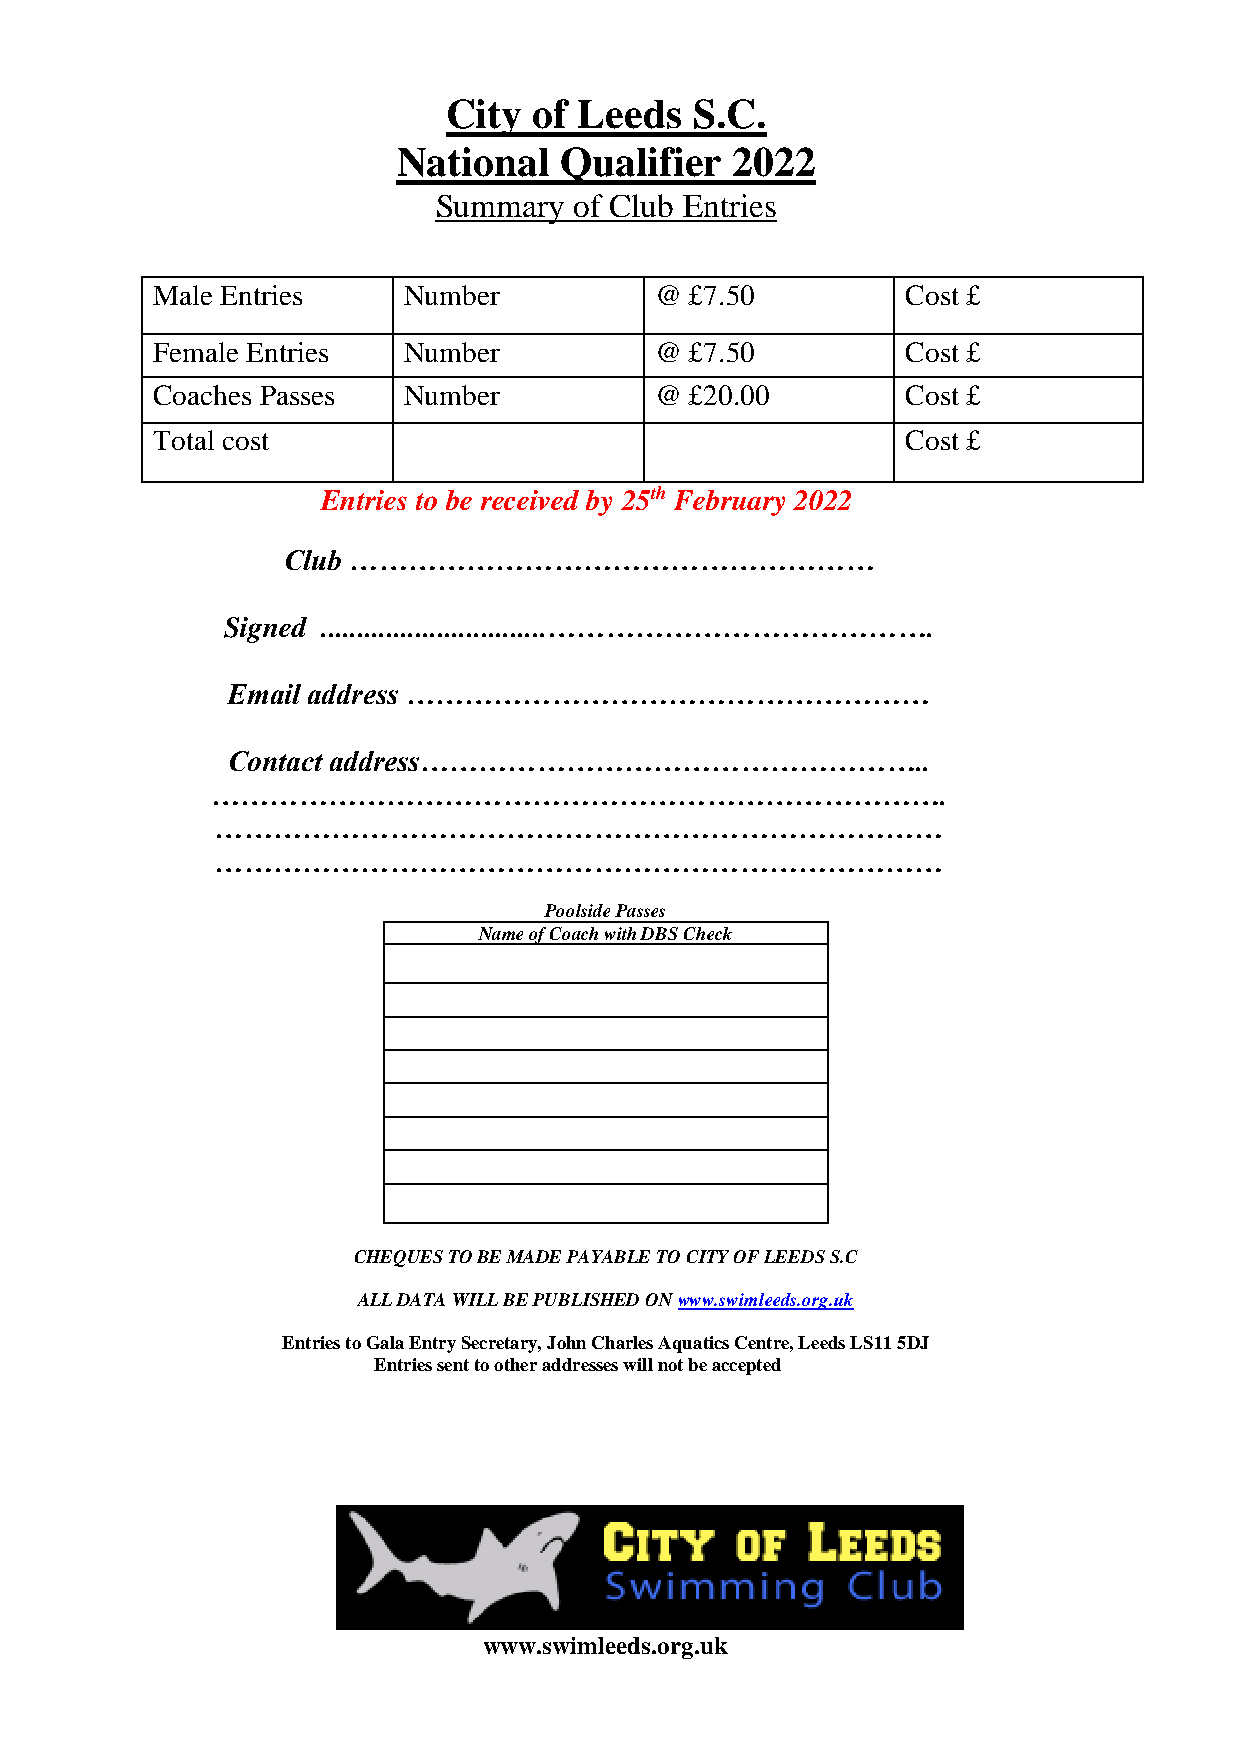
City of Leeds   S.C.
 National   Qualifier  2022
 Summary  of Club Entries
 Male Entries     Number          @  £7.50         Cost £
 Female Entries   Number          @  £7.50         Cost £
 Coaches Passes   Number          @  £20.00        Cost £
 Total cost                                        Cost £
 Entries to be received by 25th February 2022
 Club ………………………………………………
 Signed ...............................………………………………….
 Email address ………………………………………………
 Contact address……………………………………………..
 ………………………………………………………………….
 …………………………………………………………………
 …………………………………………………………………
 Poolside Passes
 Name of Coach with DBS Check
 CHEQUES TO BE MADE PAYABLE TO CITY OF LEEDS S.C
 ALL DATA WILL BE PUBLISHED ON www.swimleeds.org.uk
 Entries to Gala Entry Secretary, John Charles Aquatics Centre, Leeds LS11 5DJ
 Entries sent to other addresses will not be accepted
 www.swimleeds.org.uk